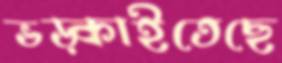
ভড়্‌কাইতেছে